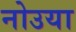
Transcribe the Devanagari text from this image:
नोउया